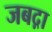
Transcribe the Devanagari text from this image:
जबद़ा